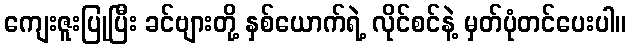
ကျေးဇူးပြုပြီး ခင်ဗျားတို့ နှစ်ယောက်ရဲ့ လိုင်စင်နဲ့ မှတ်ပုံတင်ပေးပါ။